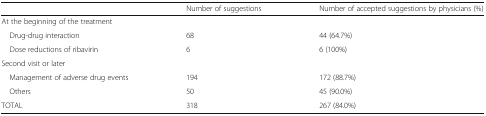
|  | Number of suggestions | Number of accepted suggestions by physicians (%) |
 | --- | --- | --- |
 | <COLSPAN=3> At the beginning of the treatment |
 | Drug-drug interaction | 68 | 44 (64.7%) |
 | Dose reductions of ribavirin | 6 | 6 (100%) |
 | <COLSPAN=3> Second visit or later |
 | Management of adverse drug events | 194 | 172 (88.7%) |
 | Others | 50 | 45 (90.0%) |
 | TOTAL | 318 | 267 (84.0%) |